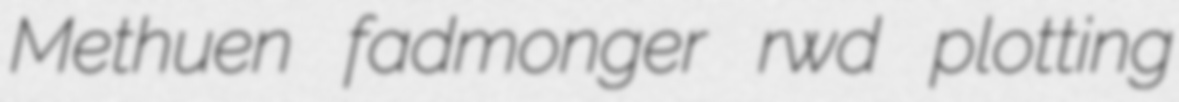
Methuen fadmonger rwd plotting